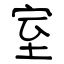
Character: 室